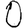
Digit: 0